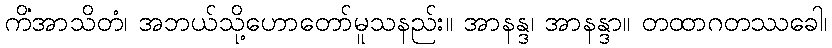
ကိံအာသိတံ၊ အဘယ်သို့ဟောတော်မူသနည်း။ အာနန္ဒ၊ အာနန္ဒာ။ တထာဂတဿခေါ၊